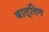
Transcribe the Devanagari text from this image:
वात्लिग